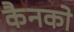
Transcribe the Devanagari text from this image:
कैनको